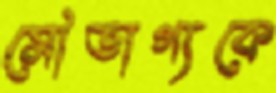
সৌভাগ্যকে